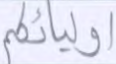
أوليائكم